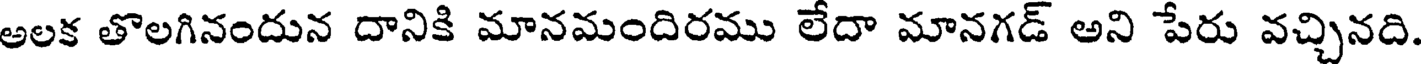
అలక తొలగినందున దానికి మానమందిరము లేదా మానగడ్ అని పేరు వచ్చినది